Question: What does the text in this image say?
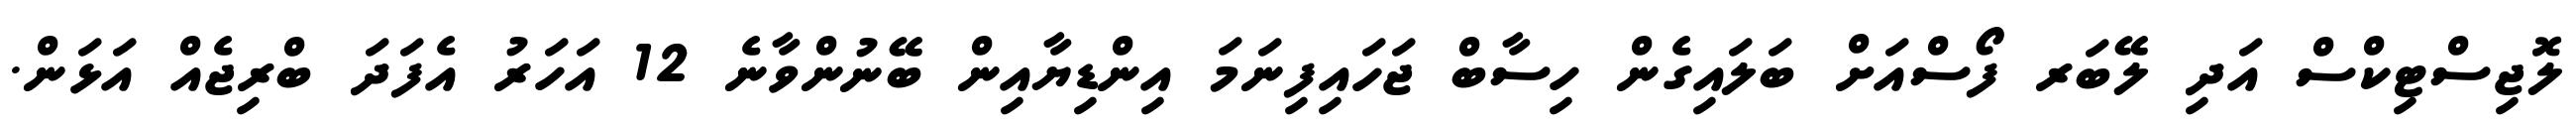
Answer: ލޮޖިސްޓިކްސް އަދި ލޭބަރ ފޯސްއަށް ބަލައިގެން ހިސާބް ޖަހައިފިނަމަ އިންޑިޔާއިން ބޭނުންވާނެ 12 އަހަރު އެފަދަ ބްރިޖެއް އަޅަން.